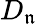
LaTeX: D_{\mathfrak{n}}